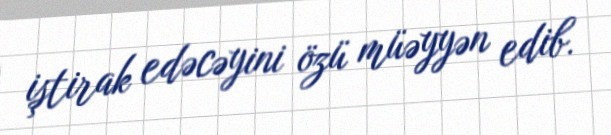
iştirak edəcəyini özü müəyyən edib.